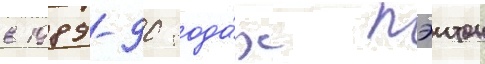
в 1989-90 года́х пэитон